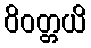
ဝိဝတ္တယိ